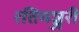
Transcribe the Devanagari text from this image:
रतिमञ्जरी